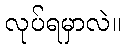
လုပ်ရမှာလဲ။